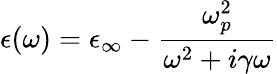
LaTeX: \epsilon(\omega)=\epsilon_{\infty}-\frac{\omega_{p}^{2}}{\omega^{2}+i\gamma\omega}